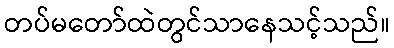
တပ်မတော်ထဲတွင်သာနေသင့်သည်။